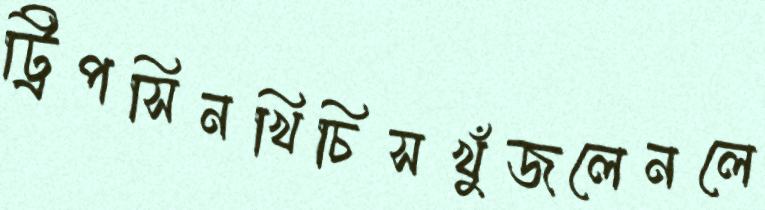
ট্রিপসিনখিচিসখুঁজলেনলে